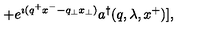
+ e ^ { \imath ( q ^ { + } x ^ { - } - q _ { \perp } x _ { \perp } ) } a ^ { \dagger } ( q , \lambda , x ^ { + } ) ] ,